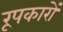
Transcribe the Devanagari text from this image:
रूपकारों